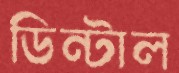
ডিন্টাল